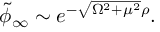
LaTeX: \tilde { \phi } _ { \infty } \sim e ^ { - \sqrt { \Omega ^ { 2 } + \mu ^ { 2 } } \rho } .